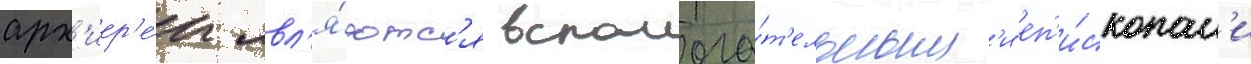
арх'иер'е́и явл'я́ютс'я вспомога́т'ельным'и еп'и́скопам'и